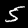
Digit: 5